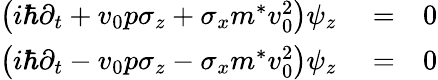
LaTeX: \begin{array}{rlr}{\left(i\hbar\partial_{t}+v_{0}p\sigma_{z}+\sigma_{x}m^{*}v_{0}^{2}\right)\psi_{z}}&{{}=}&{0}\\ {\left(i\hbar\partial_{t}-v_{0}p\sigma_{z}-\sigma_{x}m^{*}v_{0}^{2}\right)\psi_{z}}&{{}=}&{0}\end{array}